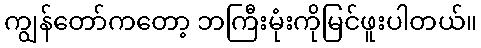
ကျွန်တော်ကတော့ ဘကြီးမုံးကိုမြင်ဖူးပါတယ်။